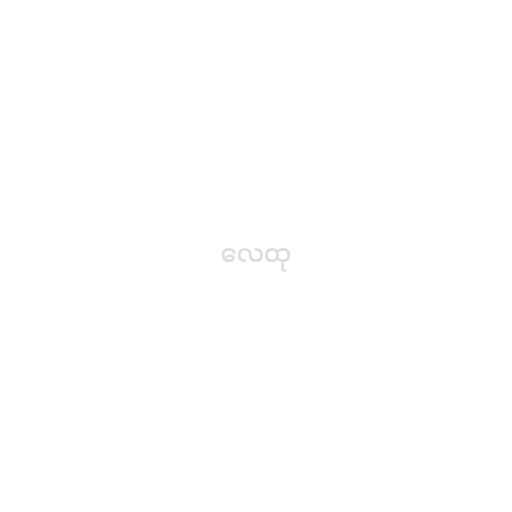
လေထု